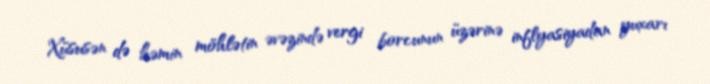
Xüsusən də həmin möhlətin əvəzində vergi borcunun üzərinə inflyasiyadan yuxarı